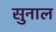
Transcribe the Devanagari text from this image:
सुनाल